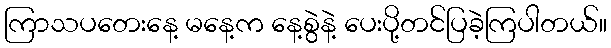
ကြာသပတေးနေ့ မနေ့က နေ့စွဲနဲ့ ပေးပို့တင်ပြခဲ့ကြပါတယ်။